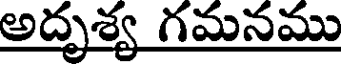
అదృశ్య గమనము